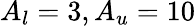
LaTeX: A_{l}=3,A_{u}=10